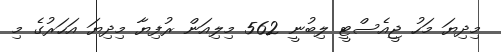
މިދިޔަ މަހު ޖީއެސްޓީ ލިބުނީ 562 މިލިއަން ރުފިޔާ މިދިޔަ އަހަރުގެ މި